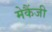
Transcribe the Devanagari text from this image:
मेकैंजी